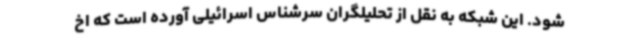
شود. این شبکه به نقل از تحلیلگران سرشناس اسرائیلی آورده است که اخ